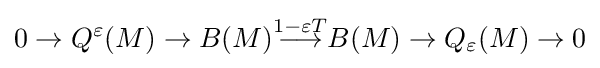
0\to Q^{\varepsilon }(M)\to B(M){\stackrel {1-\varepsilon T}{\longrightarrow }}B(M)\to Q_{\varepsilon }(M)\to 0